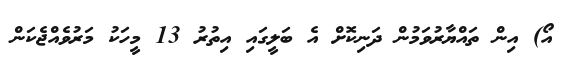
އޯ) އިން ތައްޔާރުވަމުން ދަނިކޮށް އެ ބަލީގައި އިތުރު 13 މީހަކު މަރުވެއްޖެކަން